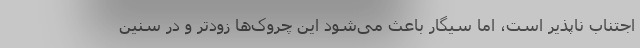
اجتناب ناپذیر است، اما سیگار باعث می‌شود این چروک‌ها زودتر و در سنین